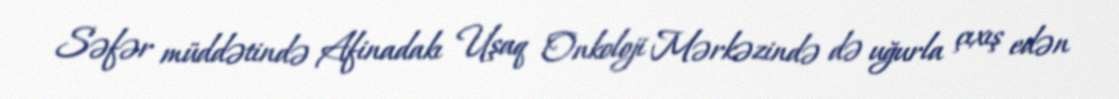
Səfər müddətində Afinadakı Uşaq Onkoloji Mərkəzində də uğurla çıxış edən